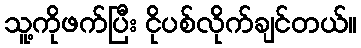
သူ့ကိုဖက်ပြီး ငိုပစ်လိုက်ချင်တယ်။